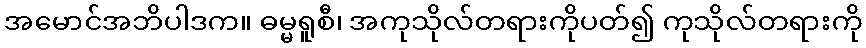
အမောင်အဘိပါဒက။ ဓမ္မရူစီ၊ အကုသိုလ်တရားကိုပတ်၍ ကုသိုလ်တရားကို